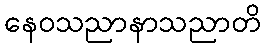
နေဝသညာနာသညာတိ